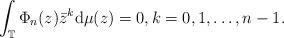
LaTeX: \begin{align*}\int_{\mathbb T} \Phi_n(z) \bar z ^k {\rm d} \mu(z)= 0, k=0,1,\ldots,n-1.\end{align*}